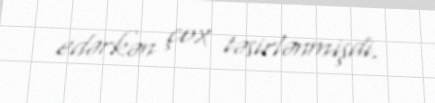
edərkən çox təsirlənmişdi.